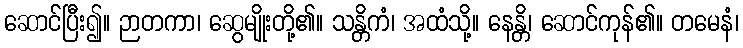
ဆောင်ပြီး၍။ ဉာတကာ၊ ဆွေမျိုးတို့၏။ သန္တိကံ၊ အထံသို့။ နေန္တိ၊ ဆောင်ကုန်၏။ တမေနံ၊